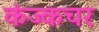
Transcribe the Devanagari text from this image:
कंज्कचर